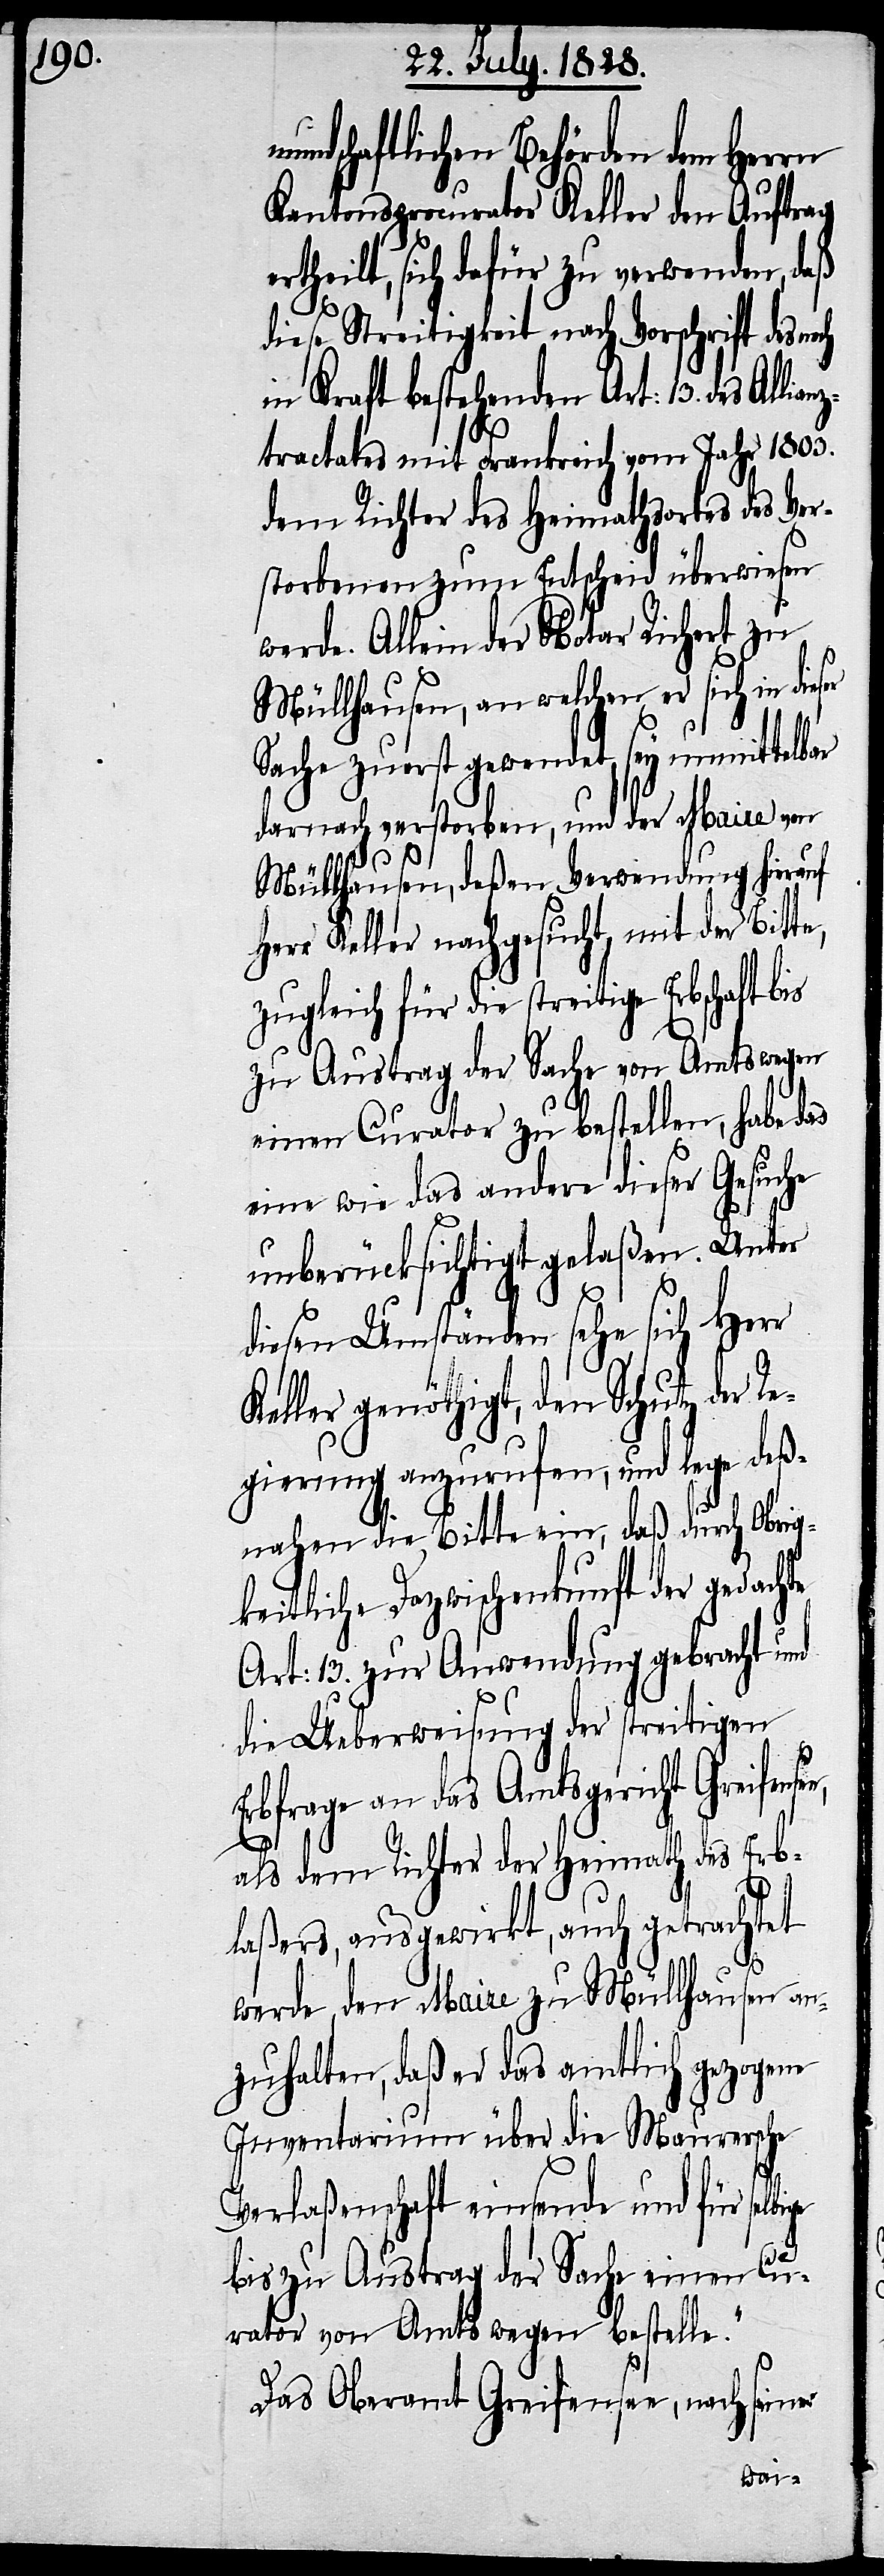
undschaftlichen Behörden dem Herrn
Kantonsprocurator Keller den Auftrag
ertheilt, sich dafür zu verwenden, daß
diese Streitigkeit nach Vorschrift des
in Kraft bestehenden Art: 13. des Allia¬
tractates mit Frankreich vom Jahr 1803.
dem Richter des Heimathortes des Ver¬
storbenen zum Entscheid überwiesen
werde. Allein der Notar Richert zu
Müllhausen, an welchen er sich in die¬
Sache zuerst gewendet, sey unmittel¬
darnach verstorben, und der Maire von
Müllhausen, deßen Verwendung hierauf
Herr Keller nachgesucht, mit der Bit¬
zugleich für die streitige Erbschaft bis
zu Austrag der Sache von Amtswegen
einen Curator zu bestellen, habe das
eine wie das andere dieser Gesuche
unberücksichtigt gelaßen. Unter
ge
diesen Umständen sehe sich Herr
Keller genöthigt, den Schutz der R¬
egierung anzurufen, und lege deß¬
nahen die Bitte ein, daß durch Obrig¬
keitliche Dazwischenkunft der gedachte
Art: 13. zur Anwendung gebracht und
die Ueberweisung der streitigen
Erbfrage an das Obergericht Greifens¬
als dem Richter der Heimath des Erb¬
laßers, ausgewirkt, auch getrachtet
werde, den Maire zu Müllhausen an¬
zuhalten, daß er das amtlich gezogene
Inventarium über die Maurersche
Verlaßenschaft einsende und für selbi¬
bis zu Austrag der Sache einen Cu¬
rator von Amtswegen bestelle.“
Das Oberamt Greifensee, nach seiner